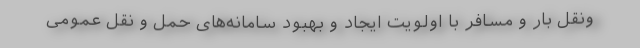
ونقل بار و مسافر با اولویت ایجاد و بهبود سامانه‌های حمل و نقل عمومی